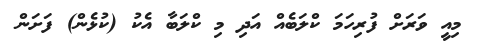
މިއީ ވަރަށް ފުރިހަމަ ކްލަބެއް އަދި މި ކްލަބާ އެކު (ކުޅެން) ފަށަން